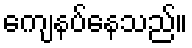
ကျေနပ်နေသည်။